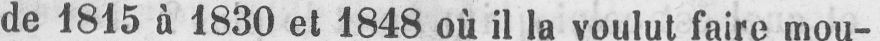
de 1815 à 1830 et 1848 où il la voulut faire mou-